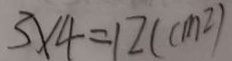
3 \times 4 = 1 2 ( c m ^ { 2 } )